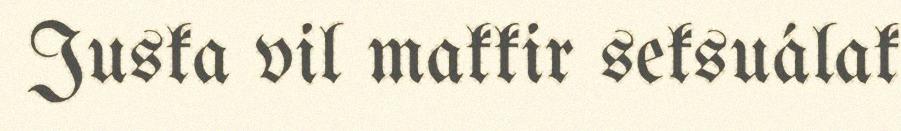
Juska vil makkir seksuálak